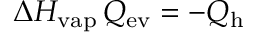
\Delta H _ { \mathrm { v a p } } \, Q _ { \mathrm { e v } } = - Q _ { \mathrm { h } }